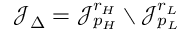
\mathcal { J } _ { \Delta } = \mathcal { J } _ { p _ { H } } ^ { r _ { H } } \setminus \mathcal { J } _ { p _ { L } } ^ { r _ { L } }